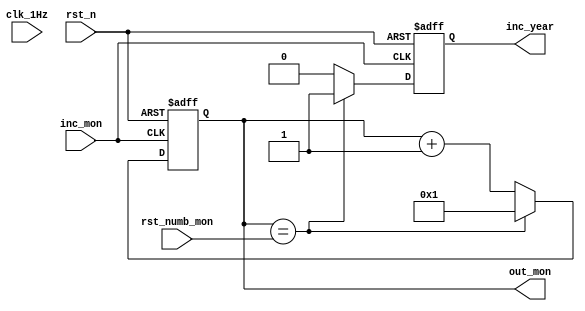
module counter_mon  (
	input clk_1Hz,    // Clock
	input rst_n,  // Asynchronous reset active low
	input inc_mon,
	input [5:0] rst_numb_mon,
	output reg inc_year,
	output reg [5:0] out_mon 
);	
	

	always @(posedge inc_mon  or negedge rst_n) begin
		if(~rst_n) begin
			out_mon  <= 1;
			inc_year <= 0;
		end else begin
			if (out_mon  == rst_numb_mon ) begin
				out_mon  <= 1;
				inc_year <= 1;
			end
			else
			begin 
				out_mon  <= out_mon  + 1'b1;
				inc_year <= 0;
			end
		end
	end
endmodule